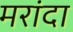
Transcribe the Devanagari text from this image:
मरांदा